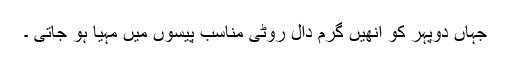
جہاں دوپہر کو انھیں گرم دال روٹی مناسب پیسوں میں مہیا ہو جاتی ۔